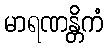
မာရဏန္တိကံ